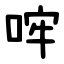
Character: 哰